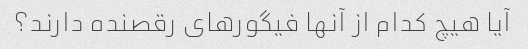
آیا هیچ کدام از آنها فیگورهای رقصنده دارند؟